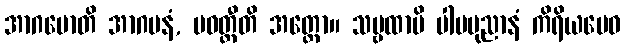
အာဂမောတိ အာဂမနံ, ပဝတ္တီတိ အတ္ထော။ သဗ္ဗထာပိ ပါပပုညာနံ ကိရိယမေဝ